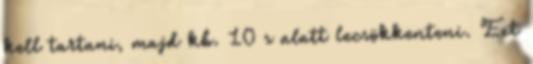
kell tartani, majd kb. 10 s alatt lecsökkenteni. Ezt